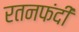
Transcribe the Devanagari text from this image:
रतनफंदी